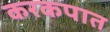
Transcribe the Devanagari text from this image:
करकपात